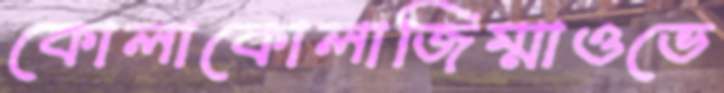
কোলাকোলাজিম্মাওভে